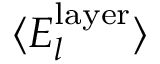
\langle { E } _ { l } ^ { \mathrm { l a y e r } } \rangle